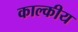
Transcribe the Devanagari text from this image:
काल्कीय